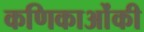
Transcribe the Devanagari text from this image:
कणिकाओंकी